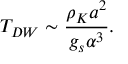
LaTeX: T _ { D W } \sim \frac { \rho _ { K } a ^ { 2 } } { g _ { s } \alpha ^ { 3 } } .